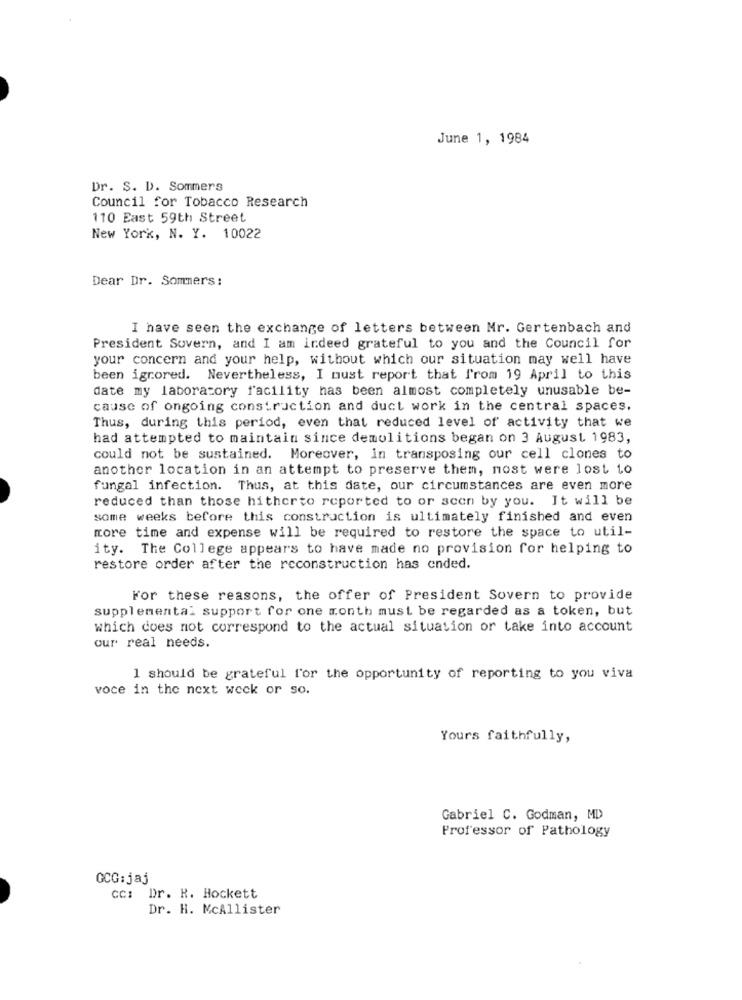
June 1, 1984
Dr. S. D. Sommers
Council for Tobacco Research
110 East 59th Street
New York, N. Y. 10022
Dear Dr. Sommers:
I have seen the exchange of letters between Mr. Gertenbach and
President Sovern, and I am indeed grateful to you and the Council for
your concern and your help, without which our situation may well have
been ignored. Nevertheless, I must report that from 19 April to this
date my laboratory facility has been almost completely unusable be-
cause of ongoing construction and duct work in the central spaces.
Thus, during this period, even that reduced level of activity that we
had attempted to maintain since demolitions began on 3 August 1983,
could not be sustained. Moreover, in transposing our cell clones to
another location in an attempt to preserve them, nost were lost to
fungal infection. Thus, at this date, our circumstances are even more
reduced than those hitherto reported to or scen by you. It will be
some weeks before this construction is ultimately finished and even
more time and expense will be required to restore the space to util-
ity. The College appears to have made no provision for helping to
restore order after the reconstruction has ended.
For these reasons, the offer of President Sovern to provide
supplemental support for one month must be regarded as a token, but
which does not correspond to the actual situation or take into account
our real needs.
1 should be grateful for the opportunity of reporting to you viva
voce in the next week or so.
Yours faithfully,
Gabriel C. Godman, MD
Professor of Pathology
GCG:jaj
cc: Dr. R. Hockett
Dr. H. McAllister